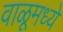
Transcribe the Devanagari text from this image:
वाळूमध्ये